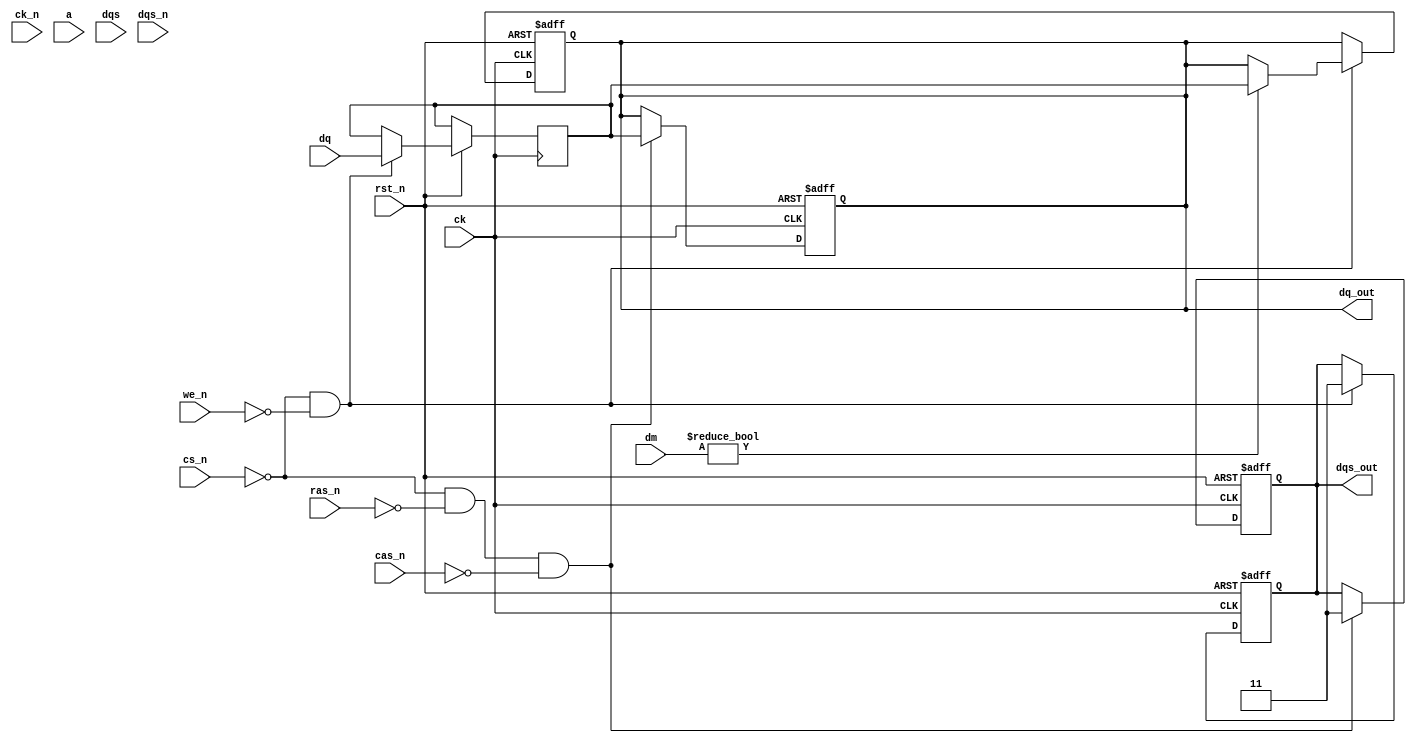
module ddr4_io_block (
    input wire [DQ_WIDTH-1:0] dq,       // Bi-directional Data lines
    input wire [DQ_WIDTH/8-1:0] dm,      // Data Mask lines
    input wire ck,                      // Clock signal
    input wire ck_n,                    // Inverted Clock signal
    input wire cs_n,                    // Chip Select (active low)
    input wire ras_n,                   // Row Address Strobe (active low)
    input wire cas_n,                   // Column Address Strobe (active low)
    input wire we_n,                    // Write Enable (active low)
    input wire [ADDR_WIDTH-1:0] a,      // Address lines
    input wire [DQS_WIDTH-1:0] dqs,     // Data Strobe
    input wire [DQS_WIDTH-1:0] dqs_n,   // Inverted Data Strobe
    input wire rst_n,                   // Reset (active low)
    output reg [DQ_WIDTH-1:0] dq_out,   // Data Output
    output reg [DQS_WIDTH-1:0] dqs_out   // Data Strobe Output
);

// Parameters
parameter DQ_WIDTH = 16;             // Width of Data lines
parameter ADDR_WIDTH = 14;            // Width of Address lines
parameter DQS_WIDTH = DQ_WIDTH / 8;   // Width of DQS lines

// Internal signals
reg [DQ_WIDTH-1:0] dq_buffer;        // Buffer for DQ lines
reg [DQS_WIDTH-1:0] dqs_buffer;      // Buffer for DQS lines

// Write operation
always @(posedge ck or negedge rst_n) begin
    if (!rst_n) begin
        dq_out <= {DQ_WIDTH{1'b0}};
        dqs_out <= {DQS_WIDTH{1'b0}};
    end else if (!cs_n && !we_n) begin // Chip select active and write enable
        dq_buffer <= dq;
        // Data mask logic
        dq_out <= (dm) ? dq_buffer : dq_out; 
        dqs_out <= {DQS_WIDTH{1'b1}}; // Assuming DQS is always driven high during writes
    end
end

// Read operation
always @(negedge ck or negedge rst_n) begin
    if (!rst_n) begin
        dq_out <= {DQ_WIDTH{1'b0}};
        dqs_out <= {DQS_WIDTH{1'b0}};
    end else if (!cs_n && !ras_n && !cas_n) begin // Chip select, row and column strobes active
        dq_out <= dq_buffer;  // Output the data from buffer
        dqs_out <= {DQS_WIDTH{1'b1}}; // Assume DQS is driven high during reads
    end
end

// Impedance control and termination can be implemented here as per design requirements

endmodule